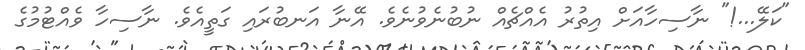
"ކަލޭ...!" ނާސިހާއަށް އިތުރު އެއްޗެއް ނުބުނެވުނެވެ. އޭނާ އަނބުރައި ގަތީއެވެ. ނާސިހާ ވެއްޓުމުގެ